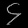
Digit: ၄